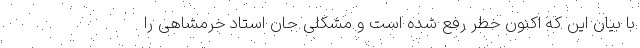
با بیان این که اکنون خطر رفع شده است و مشکلی جان استاد خرمشاهی را